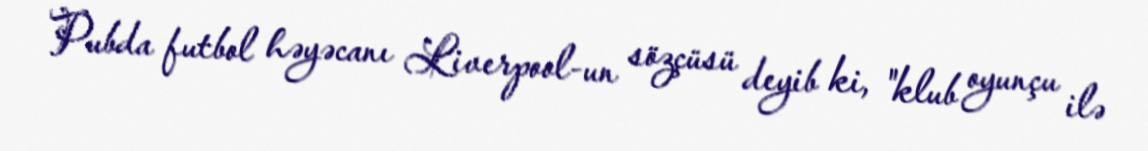
Pubda futbol həyəcanı Liverpool-un sözçüsü deyib ki, "klub oyunçu ilə